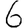
Digit: 6